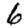
Digit: 6